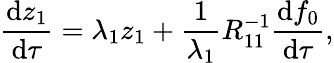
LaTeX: \frac{\mathrm{d}z_{1}}{\mathrm{d}\tau}=\lambda_{1}z_{1}+\frac{1}{\lambda_{1}}R_{11}^{-1}\frac{\mathrm{d}f_{0}}{\mathrm{d}\tau},